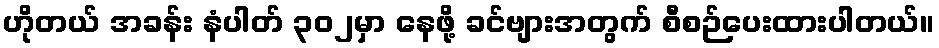
ဟိုတယ် အခန်း နံပါတ် ၃၀၂မှာ နေဖို့ ခင်ဗျားအတွက် စီစဉ်ပေးထားပါတယ်။